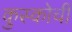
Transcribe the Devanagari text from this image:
कुस्कोची